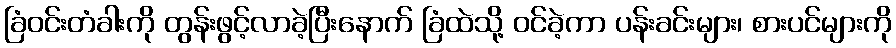
ခြံဝင်းတံခါးကို တွန်းဖွင့်လာခဲ့ပြီးနောက် ခြံထဲသို့ ဝင်ခဲ့ကာ ပန်းခင်းများ၊ စားပင်များကို